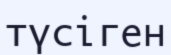
түсіген